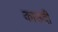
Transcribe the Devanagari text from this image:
काउदी